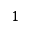
1